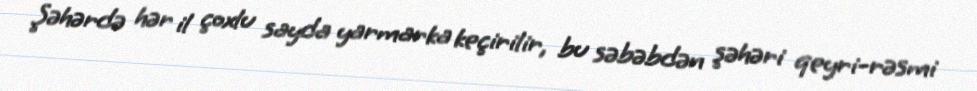
Şəhərdə hər il çoxlu sayda yarmarka keçirilir, bu səbəbdən şəhəri qeyri-rəsmi